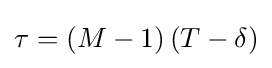
\tau =\left(M-1\right)\left(T-\delta \right)